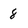
Character: 8